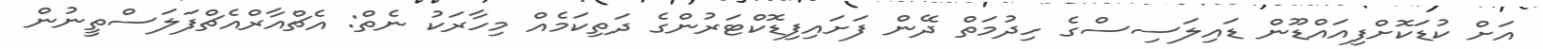
އަށް ކުޑަކޮށްފިއައްޑޫން ޑައިލަސިސްގެ ހިދުމަތް ދޭން ފަށައިފިޑޮކްޓަރުންގެ ދަތިކަމެއް މިހާރަކު ނެތް: އެޗްއާރްއެޗްފަލަސްތީނުން